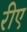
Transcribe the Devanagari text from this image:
रीए